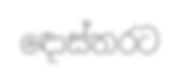
ඳොස්තරට